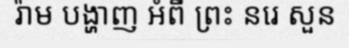
រ៉ាម បង្ហាញ អំពី ព្រះ នរេ សួន